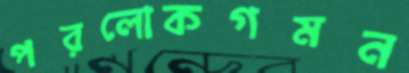
পরলোকগমন